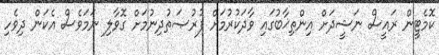
ކޮމެޓީން ރައީސް ނަޝީދަށް އިންތިޚާބުގައި ވާދަކުރުމަށް ފުރުޞަތުދިނުމަށް ގޮވާލި ނަމަވެސް އެކަން ދިވެހި